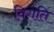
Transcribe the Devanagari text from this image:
विगति